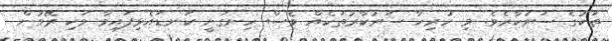
ތަކުގެ ސަރުކާރެވެ. މި ހުރިހާ ސަރުކާރުތަކެއް ވެސް ހިނގަނީ ކަނޑައެޅިފައިވާ ވަކި ރޭވުން